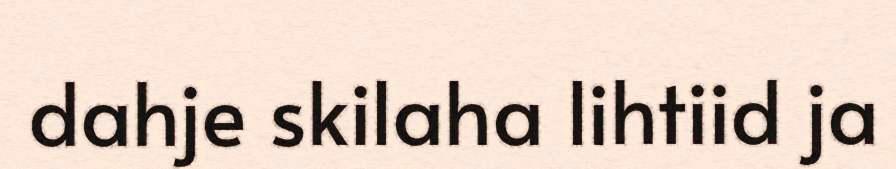
dahje skilaha lihtiid ja